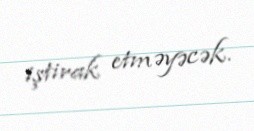
iştirak etməyəcək.